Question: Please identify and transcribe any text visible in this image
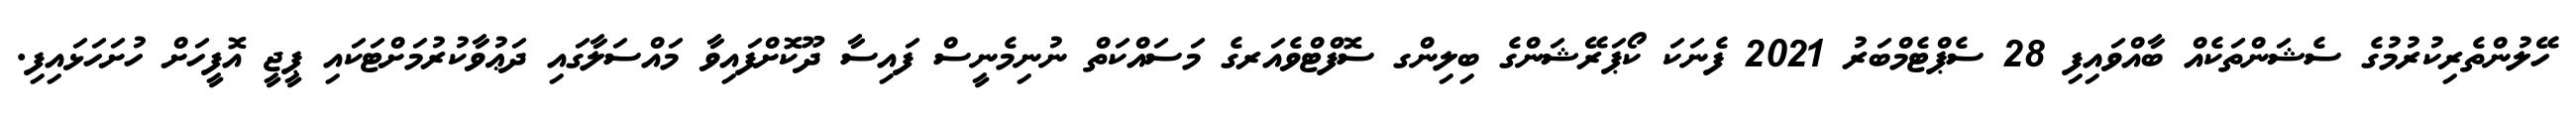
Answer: ހޭލުންތެރިކުރުމުގެ ސެޝަންތަކެއް ބާއްވައިފި 28 ސެޕްޓެމްބަރު 2021 ފެނަކަ ކޯޕަރޭޝަންގެ ބިލިންގ ސޮފްޓްވެއަރގެ މަސައްކަތް ނުނިމެނީސް ފައިސާ ދޫކޮށްފައިވާ މައްސަލާގައި ދަޢުވާކުރުމަށްޓަކައި ޕީޖީ އޮފީހަށް ހުށަހަޅައިފި.